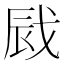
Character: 𢦿